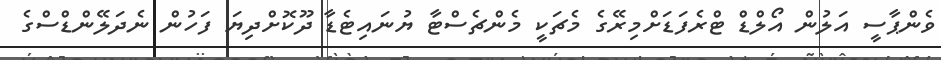
ވެންޕާސީ އަލުން އޯލްޑް ޓްރެފަޑަށްމިރޭގެ މެޗަކީ މެންޗެސްޓާ ޔުނައިޓެޑާ ދޫކޮށްދިޔަ ފަހުން ނެދަލޭންޑްސްގެ